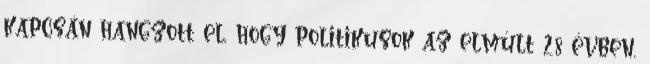
kapcsán hangzott el, hogy politikusok az elmúlt 28 évben,